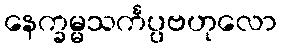
နေက္ခမ္မသင်္ကပ္ပဗဟုလော